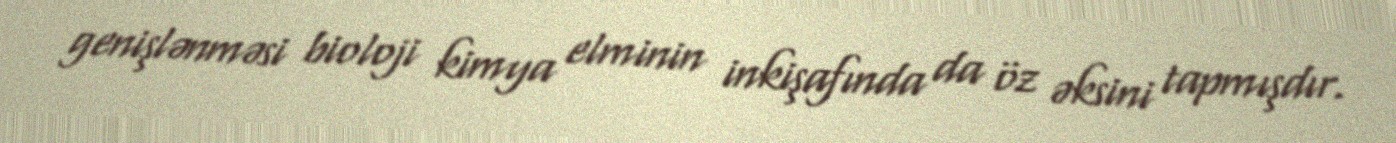
genişlənməsi bioloji kimya elminin inkişafında da öz əksini tapmışdır.